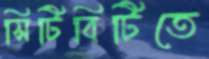
সিটিবিটিতে